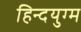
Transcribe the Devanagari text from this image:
हिन्दयुग्म